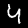
Label: 4